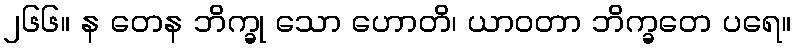
၂၆၆။ န တေန ဘိက္ခု သော ဟောတိ၊ ယာဝတာ ဘိက္ခတေ ပရေ။